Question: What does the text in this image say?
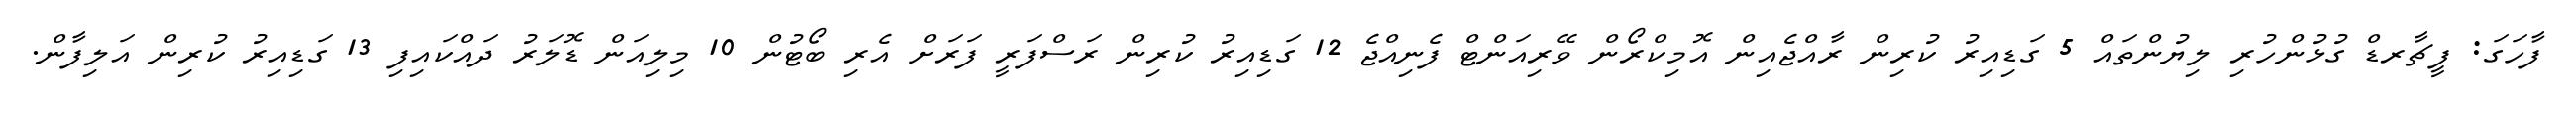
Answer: ފާހަގަ: ފީޗާރޑް ގުޅުންހުރި ލިޔުންތައް 5 ގަޑިއިރު ކުރިން ރާއްޖެއިން އޮމިކްރޯން ވޭރިއަންޓް ފެނިއްޖެ 12 ގަޑިއިރު ކުރިން ރަސްފަރީ ފަރަށް އެރި ބޯޓުން 10 މިލިއަން ޑޮލަރު ދައްކައިފި 13 ގަޑިއިރު ކުރިން އަލިފާން.